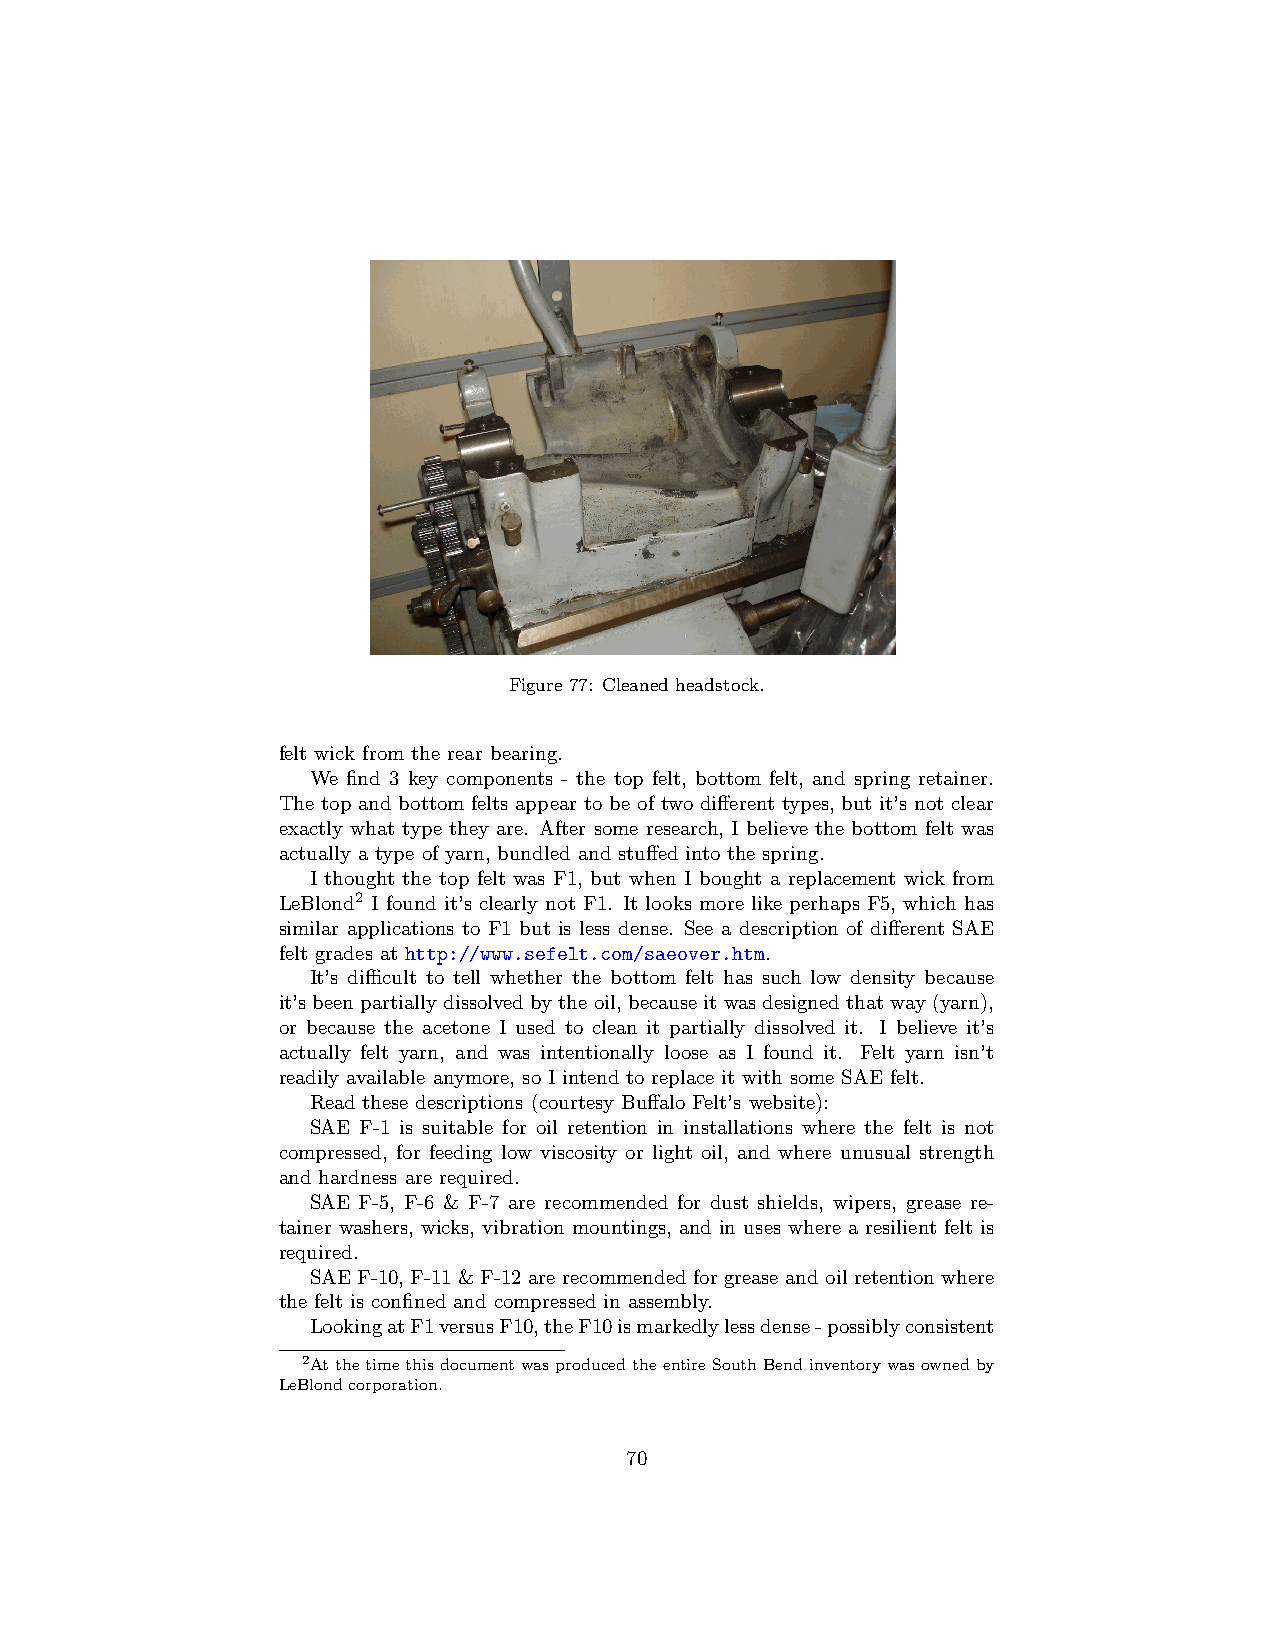
Figure 77: Cleaned headstock.
 felt wick from the rear bearing.
 We find 3 key components - the top felt, bottom felt, and spring retainer.
 The top and bottom felts appear to be of two different types, but it’s not clear
 exactly what type they are. After some research, I believe the bottom felt was
 actually a type of yarn, bundled and stuffed into the spring.
 I thought the top felt was F1, but when I bought a replacement wick from
 LeBlond2 I found it’s clearly not F1. It looks more like perhaps F5, which has
 similar applications to F1 but is less dense. See a description of different SAE
 felt grades at http://www.sefelt.com/saeover.htm.
 It’s difficult to tell whether the bottom felt has such low density because
 it’sbeenpartiallydissolvedbytheoil, becauseitwasdesignedthatway(yarn),
 or because the acetone I used to clean it partially dissolved it. I believe it’s
 actually felt yarn, and was intentionally loose as I found it. Felt yarn isn’t
 readily available anymore, so I intend to replace it with some SAE felt.
 Read these descriptions (courtesy Buffalo Felt’s website):
 SAE F-1 is suitable for oil retention in installations where the felt is not
 compressed, for feeding low viscosity or light oil, and where unusual strength
 and hardness are required.
 SAE F-5, F-6 & F-7 are recommended for dust shields, wipers, grease re-
 tainer washers, wicks, vibration mountings, and in uses where a resilient felt is
 required.
 SAE F-10, F-11 & F-12 are recommended for grease and oil retention where
 the felt is confined and compressed in assembly.
 LookingatF1versusF10,theF10ismarkedlylessdense-possiblyconsistent
 2AtthetimethisdocumentwasproducedtheentireSouthBendinventorywasownedby
 LeBlondcorporation.
 70